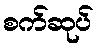
စက်ဆုပ်